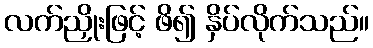
လက်ညှိုးဖြင့် ဖိ၍ နှိပ်လိုက်သည်။